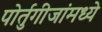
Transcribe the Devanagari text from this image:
पोर्तुगीजांमध्ये